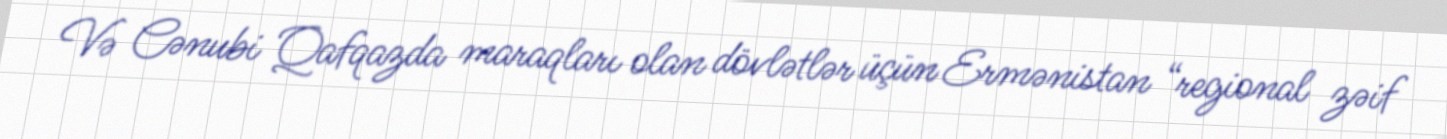
Və Cənubi Qafqazda maraqları olan dövlətlər üçün Ermənistan “regional zəif